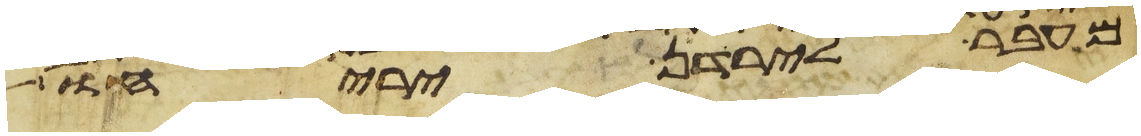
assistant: מעבר לירדן יריחו